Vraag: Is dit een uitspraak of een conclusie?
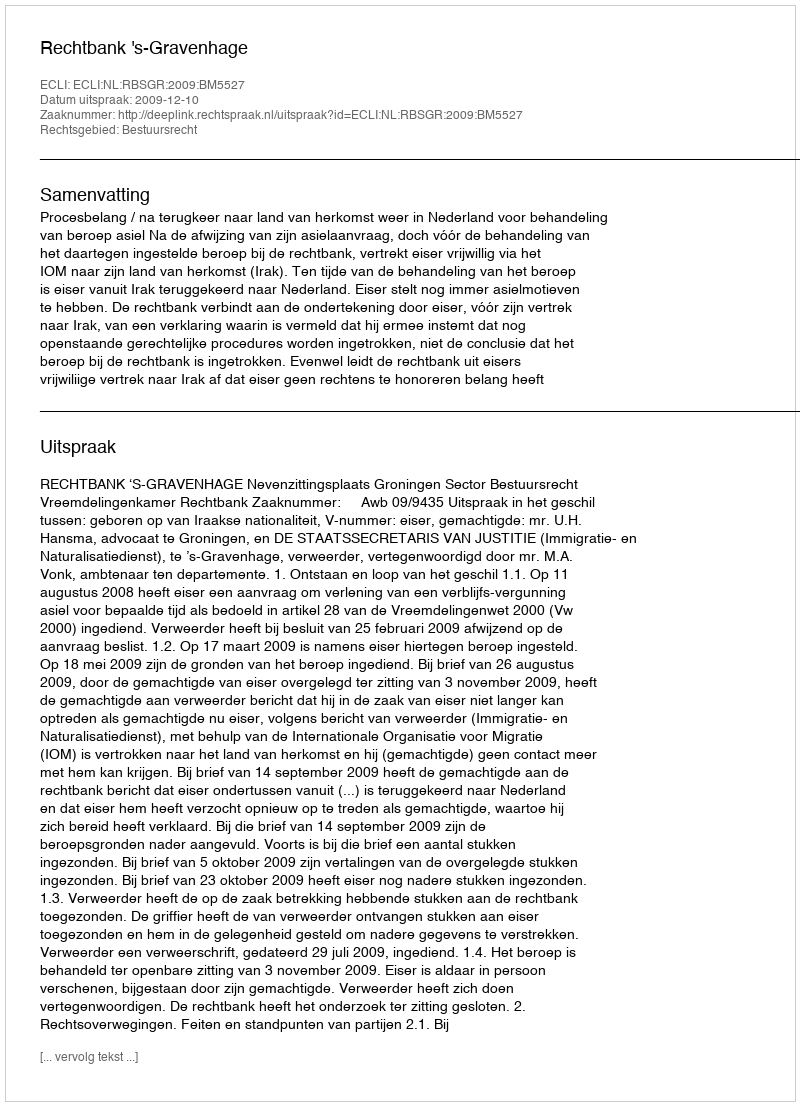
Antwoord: Uitspraak